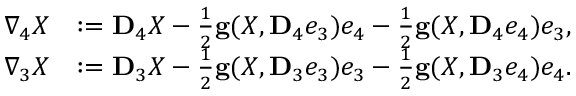
\begin{array} { r l } { \nabla _ { 4 } X } & { : = { \bf D } _ { 4 } X - \frac { 1 } { 2 } { \bf g } ( X , { \bf D } _ { 4 } e _ { 3 } ) e _ { 4 } - \frac { 1 } { 2 } { \bf g } ( X , { \bf D } _ { 4 } e _ { 4 } ) e _ { 3 } , } \\ { \nabla _ { 3 } X } & { : = { \bf D } _ { 3 } X - \frac { 1 } { 2 } { \bf g } ( X , { \bf D } _ { 3 } e _ { 3 } ) e _ { 3 } - \frac { 1 } { 2 } { \bf g } ( X , { \bf D } _ { 3 } e _ { 4 } ) e _ { 4 } . } \end{array}